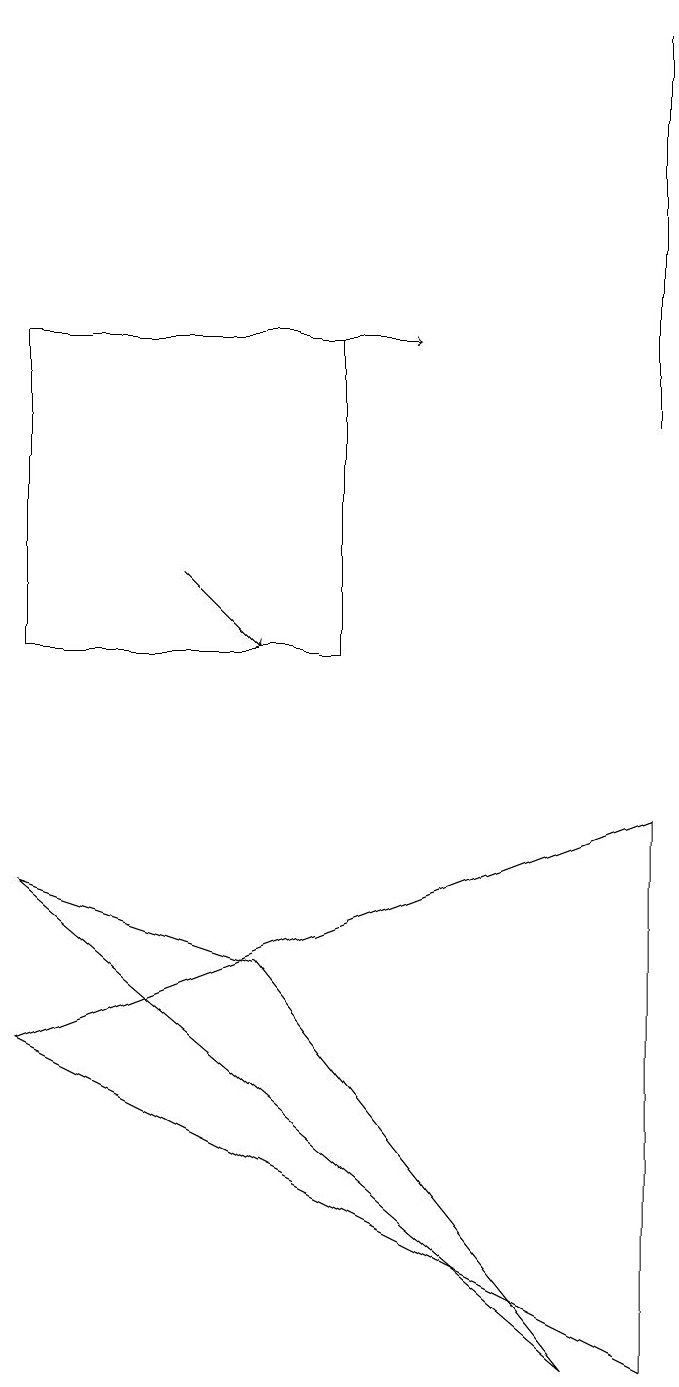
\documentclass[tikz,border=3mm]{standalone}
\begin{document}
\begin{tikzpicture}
\draw (8,8) -- (0,5) -- (8,1) -- cycle;
\draw (7,1) -- (3,6) -- (0,7) -- cycle;
\draw (8,18) rectangle (8,13);
\draw[->] (2,14) -- (5,14);
\draw (0,10) rectangle (4,14);
\draw[->] (2,11) -- (3,10);
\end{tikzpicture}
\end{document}